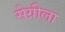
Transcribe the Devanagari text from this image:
सेग्रीला